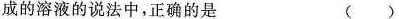
成的溶液的说法中，正确的是 ()